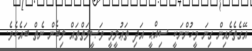
އޭގެތެރެއިން ގިނަ މީހުންނަކީ ސިއްޙީ އަދި ތަޢުލީމީ ވަޞީލަތްތައް ލިބެން ނެތް ބައެކެވެ.